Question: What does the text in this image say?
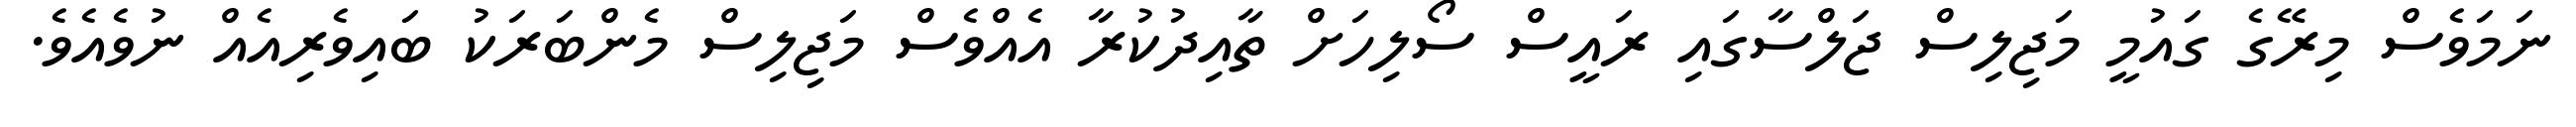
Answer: ނަމަވެސް މިރޭގެ ގައުމީ މަޖިލިސް ޖަލްސާގައި ރައީސް ސޯލިހަށް ތާއިދުކުރާ އެއްވެސް މަޖިލިސް މެންބަރަކު ބައިވެރިއެއް ނުވެއެވެ.